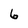
Character: 6